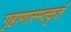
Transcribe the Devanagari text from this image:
गृहाणास्मत्कृतं